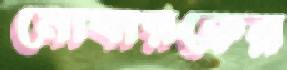
মোবারকের